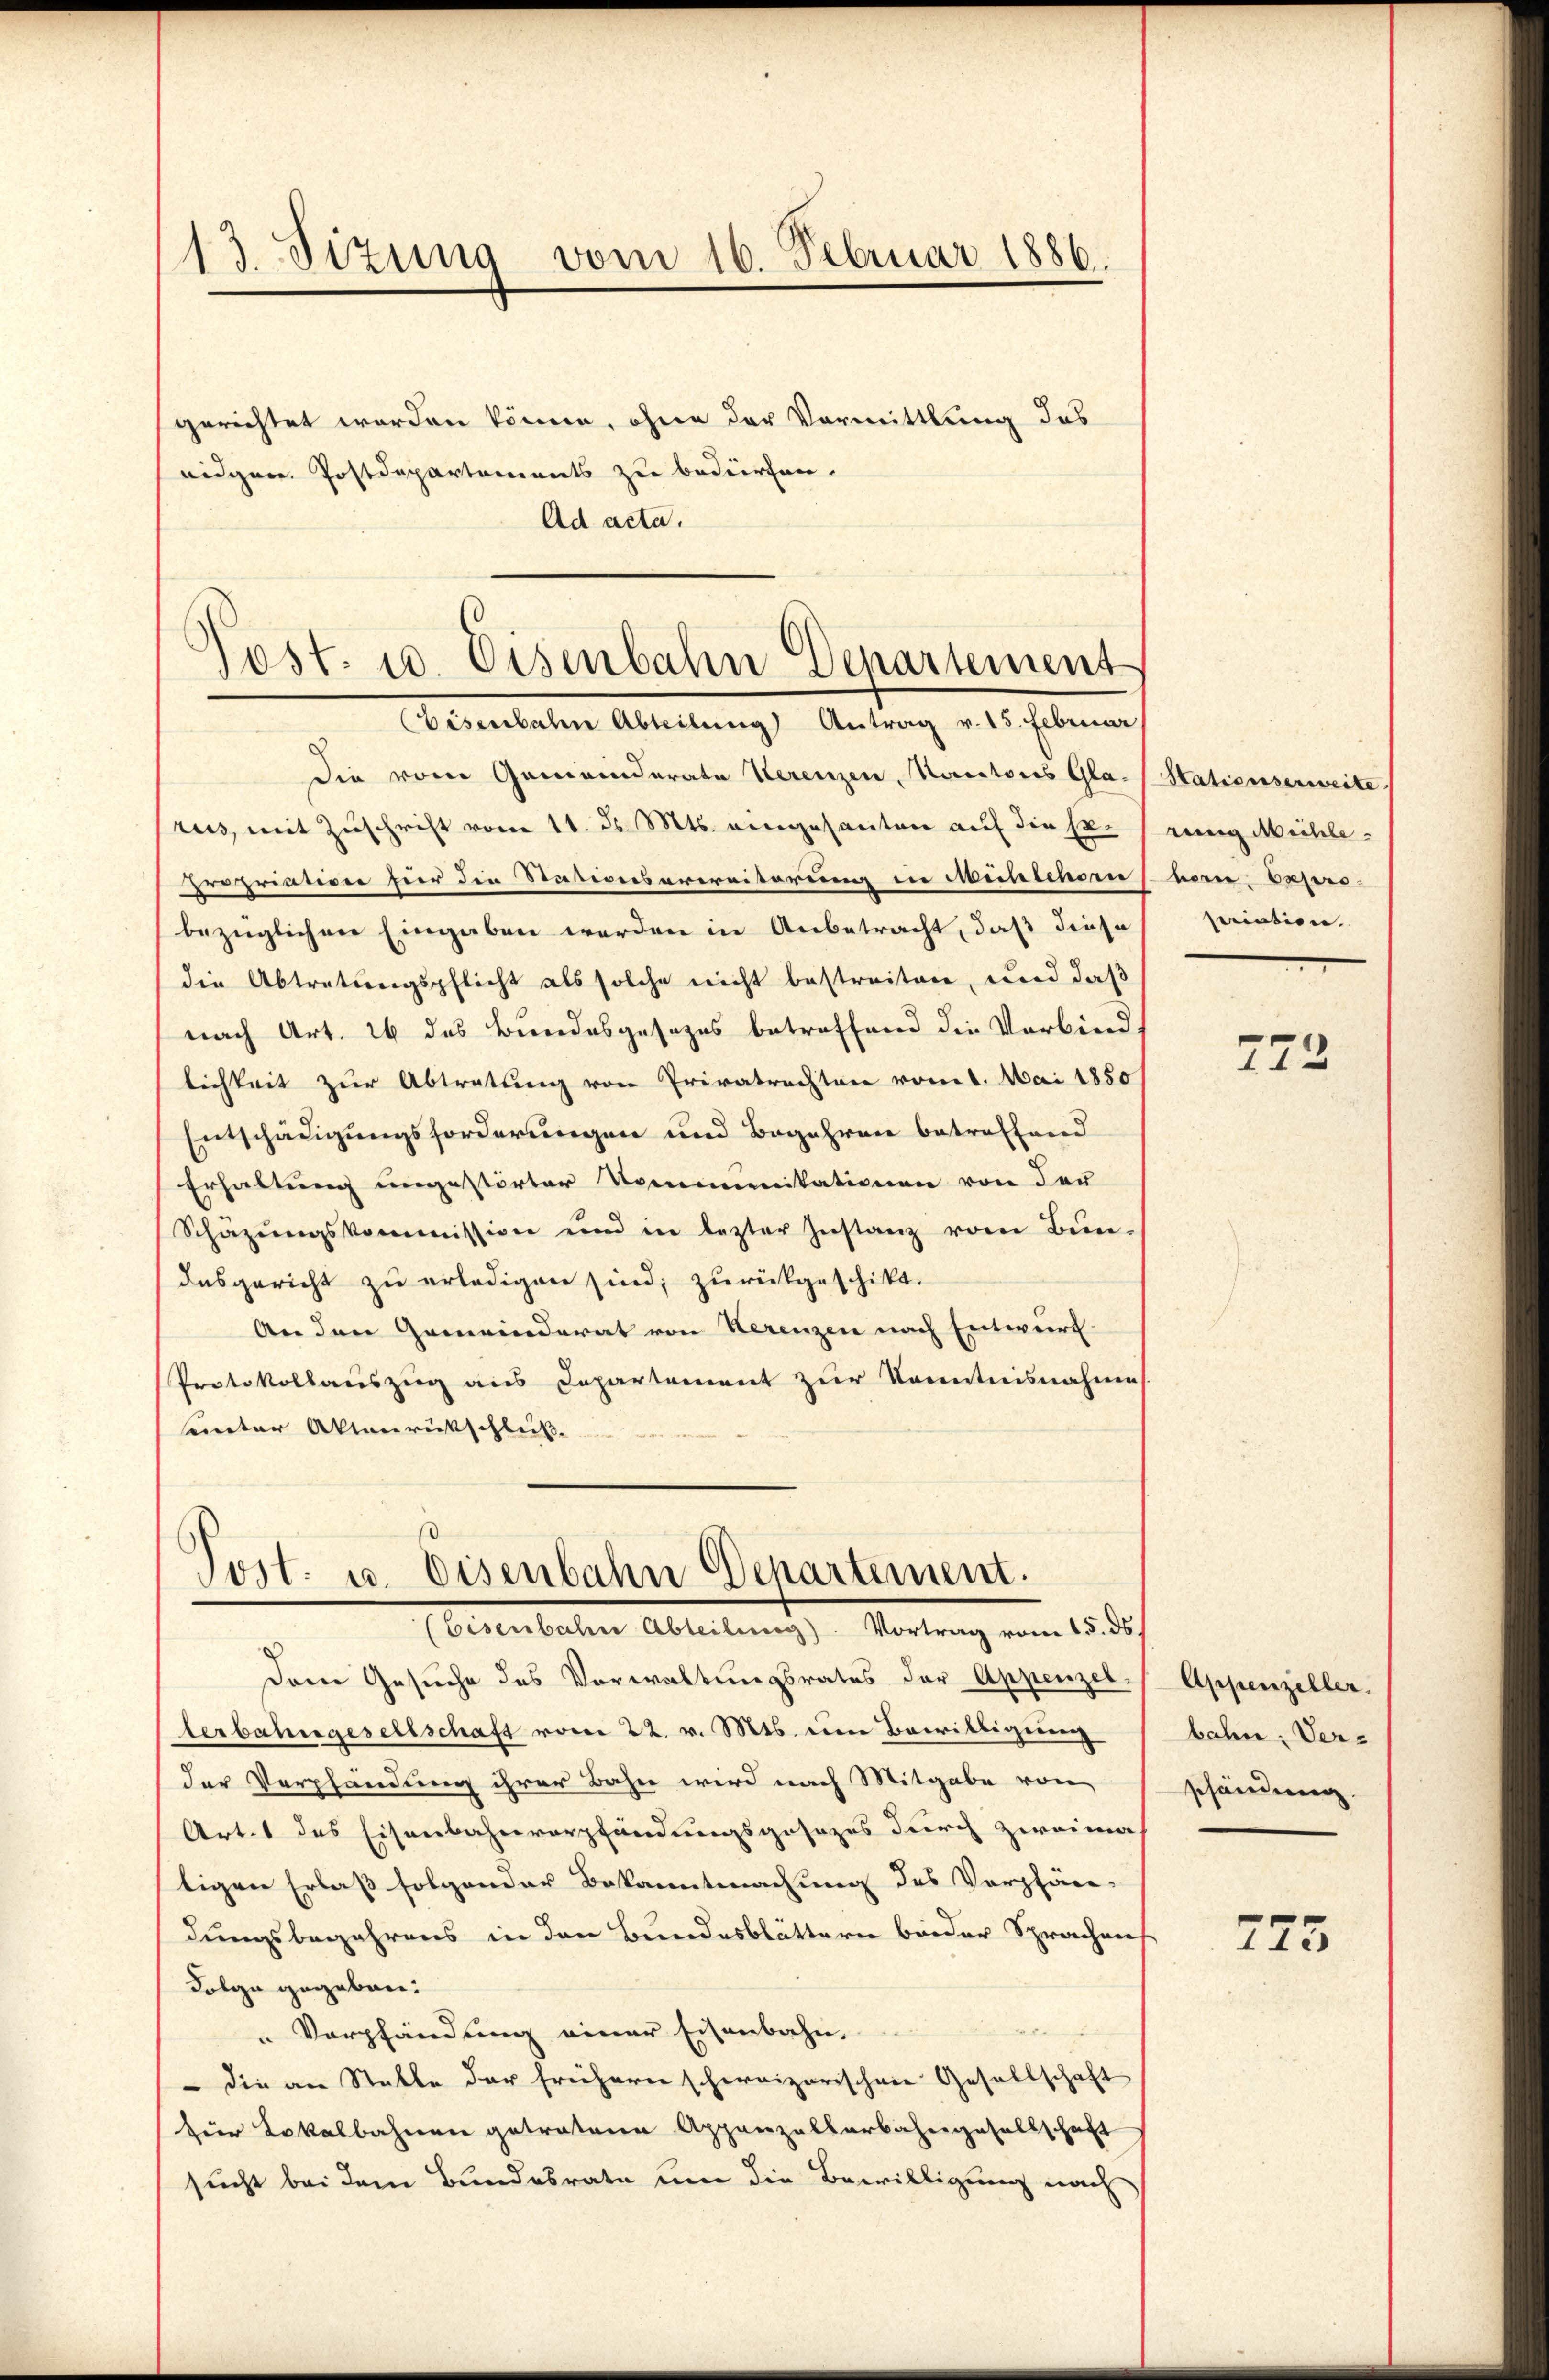
13. Sizung vom 16. Februar 1886.
gerichtet worden könne, ohne der Vormittlung des
eidgen. Postdepartements zu bedürfen.

Ad acta.

Post. u. Eisenbahn Departement
Eisenbahn Abteilŭng Antrag v. 15. Februar

Die vom Gemeinderate Verenzen, Kantons Gla- (Stationserweite
rus, mit Zuschrift vom 11. ds. Mts. eingesanten auf die sr. Jennig Mühleupriation für die Stationserereiterung in Muntinom von Papribezüglichen Eingaben werden in Anbetracht, daß diese
die Abtretungspflicht als solche nicht bestreiten, und daß
nach Art. 26 des Bundesgesezes betreffend die Verbind
lichkeit zur Abtretung von Privatrechten vom 1. Mai 1850
Entschädigungsforderungen und Begehren betreffend
Erhaltung ungestörter Nominikationen von der
Schäzŭngskommission und in lezter Instanz vom Bun-
desgericht zu erledigen sind; zurückgeschikt.
An den Gemeinderat von Herenzen nach Entwurf
Protokollauszug aus Departement zur Kenntnisnahme
sunter Aktenrückschluß

Post. u. Eisenbahn Departement.
(Eisenbahn Abteilung). Vortrag vom 15. ds.

Dem Gesuche des Verwaltungsrates der Appenzel-
lerbahngesellschaft vom 22. v. Mts. um Bewilligerung
der Verpfändung ihrer Bahn wird nach Mitgabe von
Art. 1 des Eisenbahnverpfändungsgesezes durch zweima
tigen Erlaß folgender Bekanntmachung des Verpfän-
dungsbegehrens in den Bundesblättern beider Sprachens
Folge gegeben.
u
Verpfändung einer Eisenbahn,
 die an Stelle der früherer schweizerischen Gesellschaft
Für Lokalbahnen getratene Appenzellarbahngesellschaft
sucht bei dem Bundesrate um die Bewilligung nach

pariation.

772.

Appenzeller.
bahn: Ver-
schändung.

273